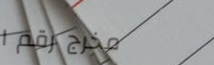
مخرج رقم ١